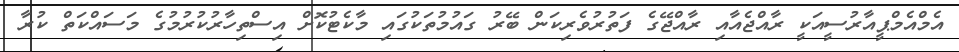
އެމްއެމްޕީއާރުސީއަކީ ރާއްޖެއާއި ރާއްޖޭގެ ފަތުރުވެރިކަން ބޭރު ގައުމުތަކުގައި މާކެޓުކޮށް އިސްތިހާރުކުރުމުގެ މަސައްކަތް ކުރާ